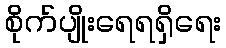
စိုက်ပျိုးရေရရှိရေး